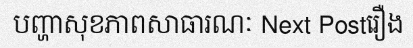
បញ្ហាសុខភាពសាធារណៈ Next Postរឿង